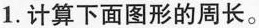
1.计算下面图形的周长。